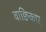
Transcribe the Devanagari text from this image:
वाक्विकार